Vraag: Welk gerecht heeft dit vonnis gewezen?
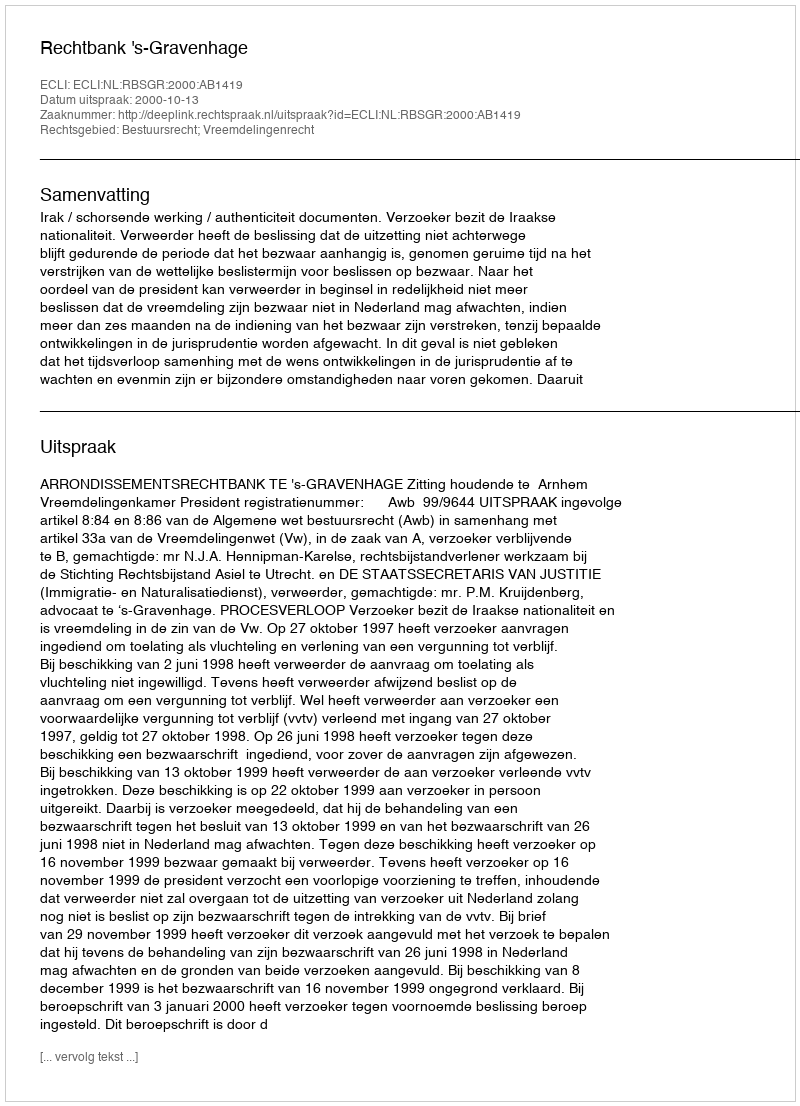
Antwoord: Rechtbank 's-Gravenhage